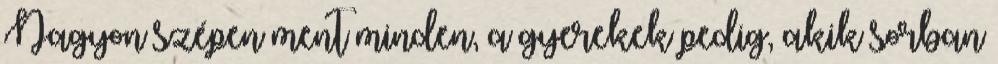
Nagyon szépen ment minden, a gyerekek pedig, akik sorban